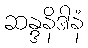
ဆန္ဒနိဒါနံ